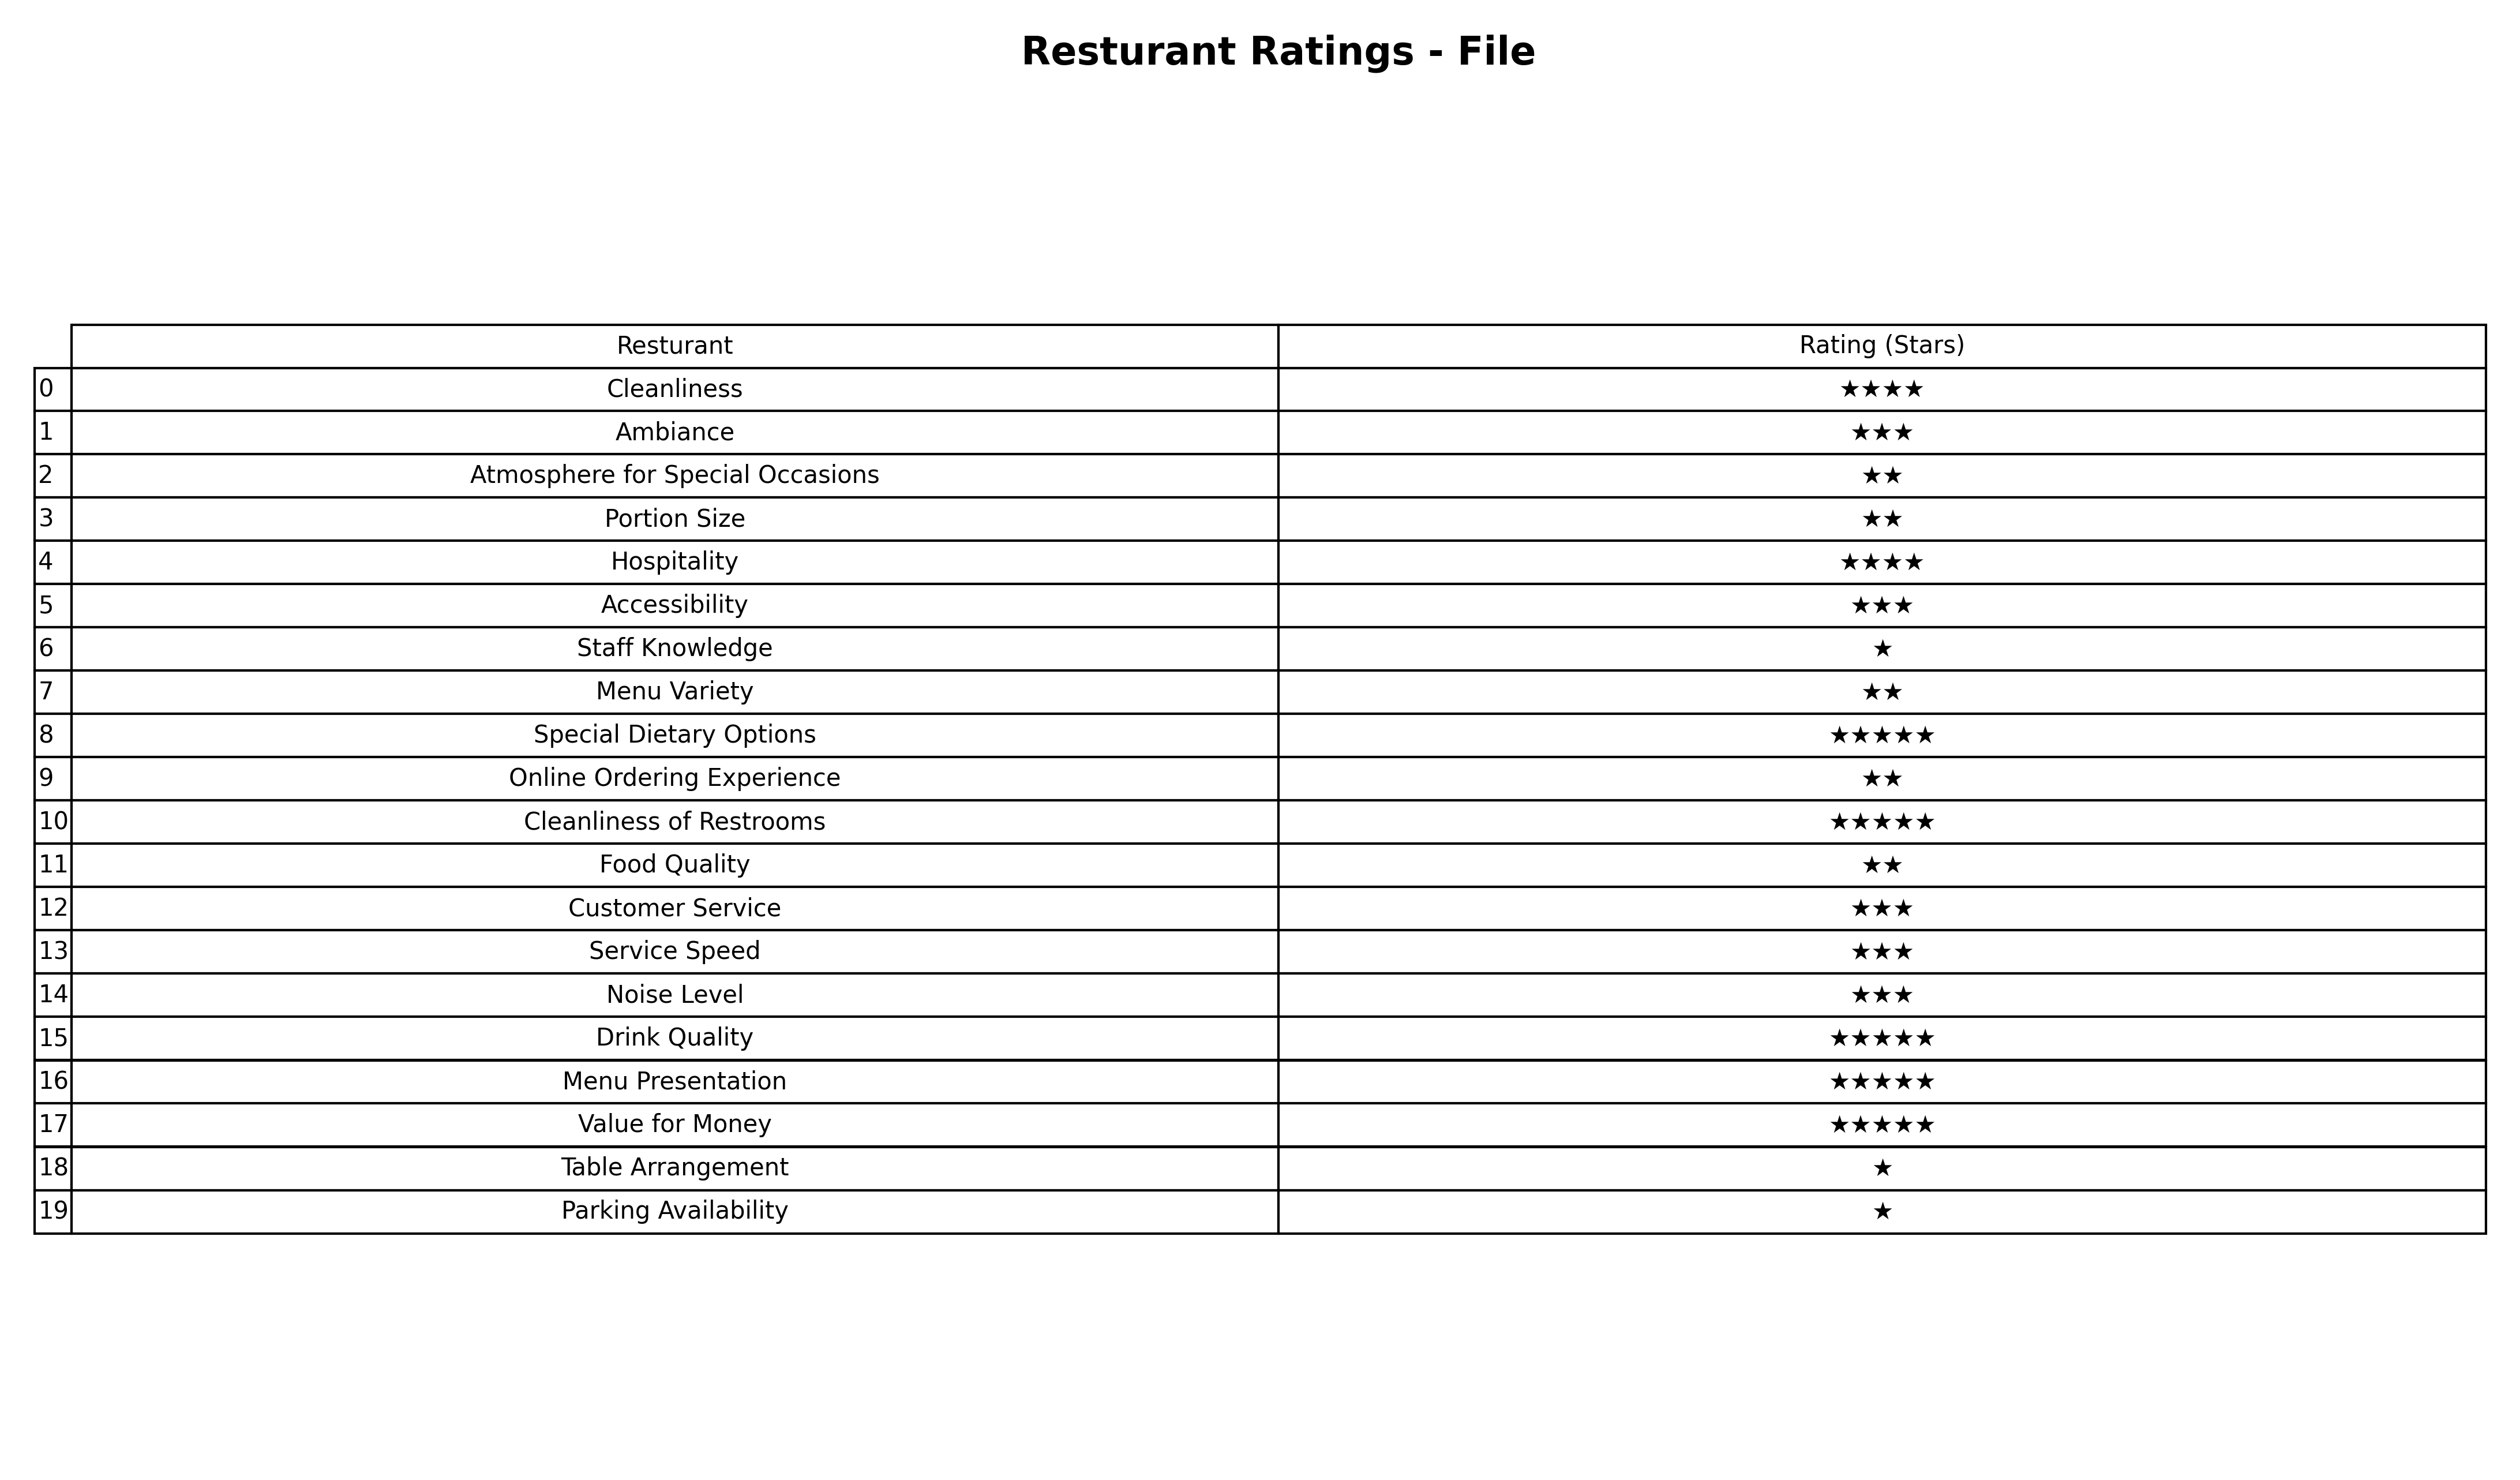
question: What are lowest rating services?
answer: CleanlinessHospitality